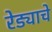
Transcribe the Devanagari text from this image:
रेड्याचे